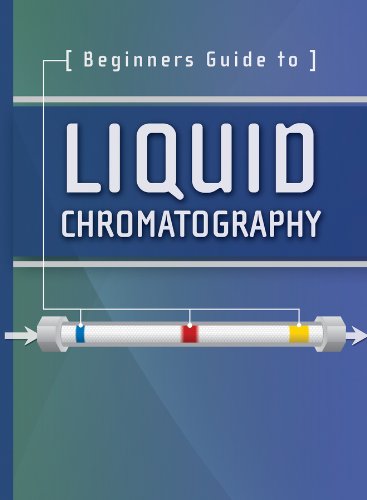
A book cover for Beginners Guide to Liquid Chromatography (Waters Series); Waters Corporation; Science & Math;